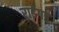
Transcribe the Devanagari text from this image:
राईगड